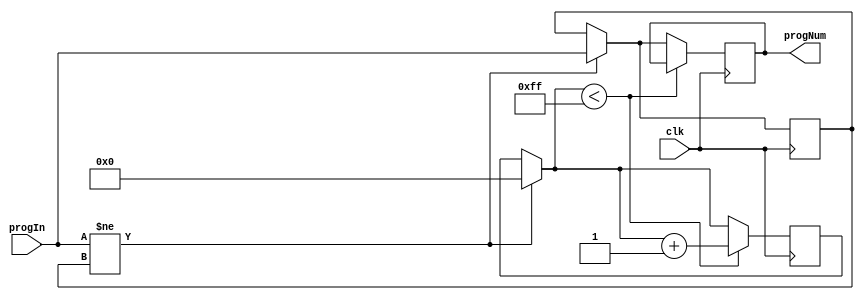
module DecoderSerial(clk,progIn,progNum);
/***
This module reads in a serial program number, applies a sufficient wait to make sure the input is stable, and then updates the program number.

Ted Golfinopoulos, 10 Sep 2012
***/

parameter PROG_NUM_SIZE=8; //
parameter WAIT_TIME=256; //Number of clock cycles to wait before establishing that progNum is stable.

input [PROG_NUM_SIZE-1:0] progIn;
input clk;

reg [PROG_NUM_SIZE-1:0] progInReg, progNumReg;

reg [14:0] timer;

output [PROG_NUM_SIZE-1:0] progNum;

initial begin
	#0
	progInReg=1'b0;
	progNumReg=1'b0;
	timer=1'b0;
end

//Register progIn, wait for it to be stable for a sufficiently long period, and then update output.
always @(posedge clk) begin
	if( progIn!=progInReg ) begin //Reset timer
		progInReg=progIn; //Update progInReg
		timer=1'b0; //Reset timer that keeps track of how long state has been stable.
	end

	//Increment timer as long 
	if(timer<(WAIT_TIME-1)) begin
		timer=timer+1'b1; //Increment timer
	end else begin
		progNumReg=progInReg; //Otherwise, state has been stable for long enough - update output number.
	end
end

assign progNum=progNumReg; //Tie output to output register.

endmodule